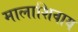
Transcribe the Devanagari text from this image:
मालाशिवाय